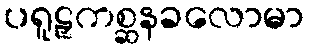
ပရူဠှကစ္ဆနခလောမာ